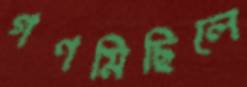
গণমিছিলে